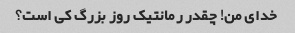
خدای من! چقدر رمانتیک روز بزرگ کی است؟